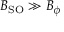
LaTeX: B _ { \mathrm { S O } } \gg B _ { \phi }